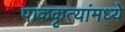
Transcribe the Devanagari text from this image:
पाककृत्यांमध्ये